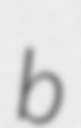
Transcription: b